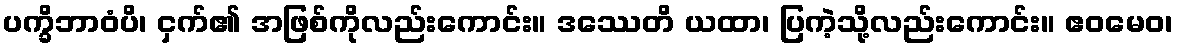
ပက္ခိဘာဝံပိ၊ ငှက်၏ အဖြစ်ကိုလည်းကောင်း။ ဒဿေတိ ယထာ၊ ပြကဲ့သို့လည်းကောင်း။ ဧဝမေဝ၊